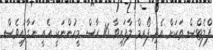
ފްލެޓްސް ތަކަށް އެދި ފޯރމް ލާފައިވާ 16 ހާސް މީހުންނަަކީ އެއީ ނަގާފައިވެސް